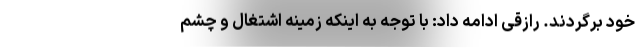
خود برگردند. رازقی ادامه داد: با توجه به اینکه زمینه اشتغال و چشم